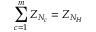
\sum _ { c = 1 } ^ { m } Z _ { N _ { c } } = Z _ { N _ { H } }